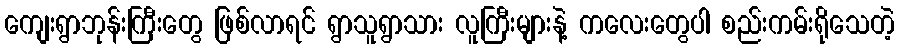
ကျေးရွာဘုန်းကြီးတွေ ဖြစ်လာရင် ရွာသူရွာသား လူကြီးများနဲ့ ကလေးတွေပါ စည်းကမ်းရိုသေတဲ့